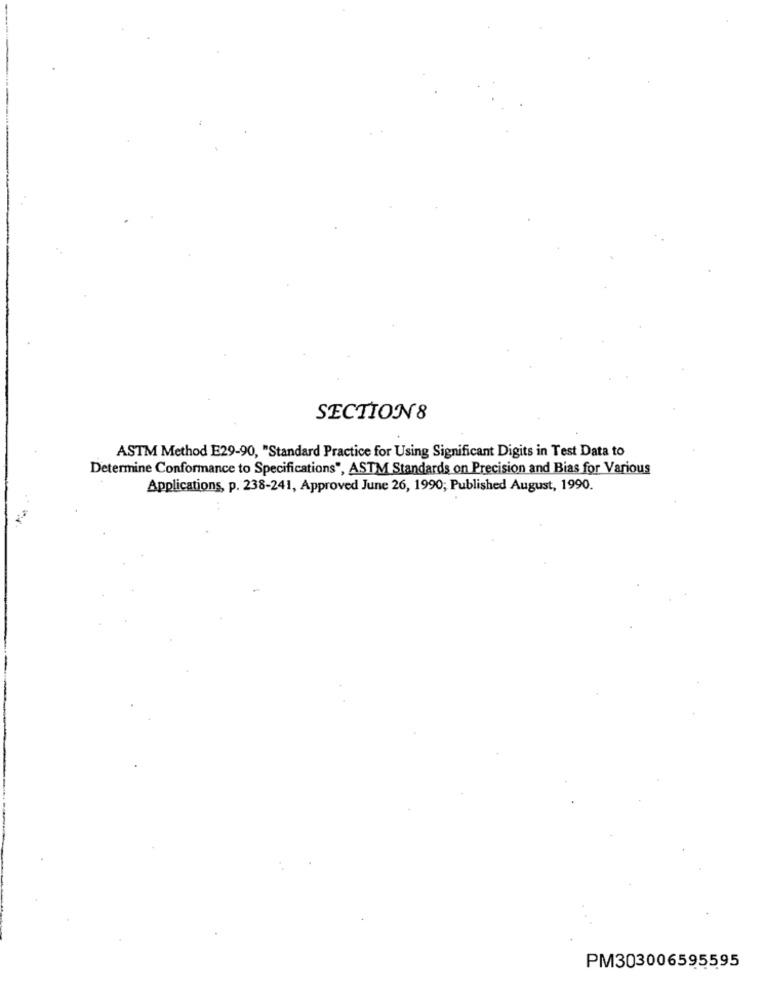
SECTION8
ASTM Method E29-90, "Standard Practice for Using Significant Digits in Test Data to
Determine Conformance to Specifications", ASTM Standards on Precision and Bias for Various
Applications, p. 238-241, Approved June 26, 1990; Published August, 1990.
PM303006595595